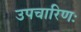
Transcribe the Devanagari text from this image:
उपचारिणः